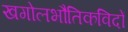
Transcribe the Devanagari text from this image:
खगोलभौतिकविदों